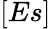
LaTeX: [Es]